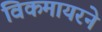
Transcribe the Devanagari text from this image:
विकमायरने